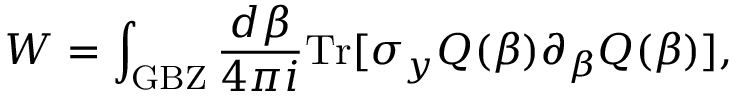
W = \int _ { \mathrm { G B Z } } \frac { d \beta } { 4 \pi i } \mathrm { T r } [ \sigma _ { y } { \cal Q } ( \beta ) \partial _ { \beta } { \cal Q } ( \beta ) ] ,